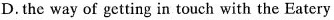
D.doesn't offer many choices